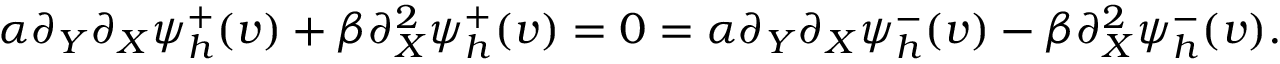
\alpha \partial _ { Y } \partial _ { X } \psi _ { h } ^ { + } ( v ) + \beta \partial _ { X } ^ { 2 } \psi _ { h } ^ { + } ( v ) = 0 = \alpha \partial _ { Y } \partial _ { X } \psi _ { h } ^ { - } ( v ) - \beta \partial _ { X } ^ { 2 } \psi _ { h } ^ { - } ( v ) .